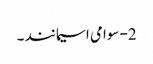
2- سوامی اسیمانند ۔